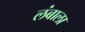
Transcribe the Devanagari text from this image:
लंबाला